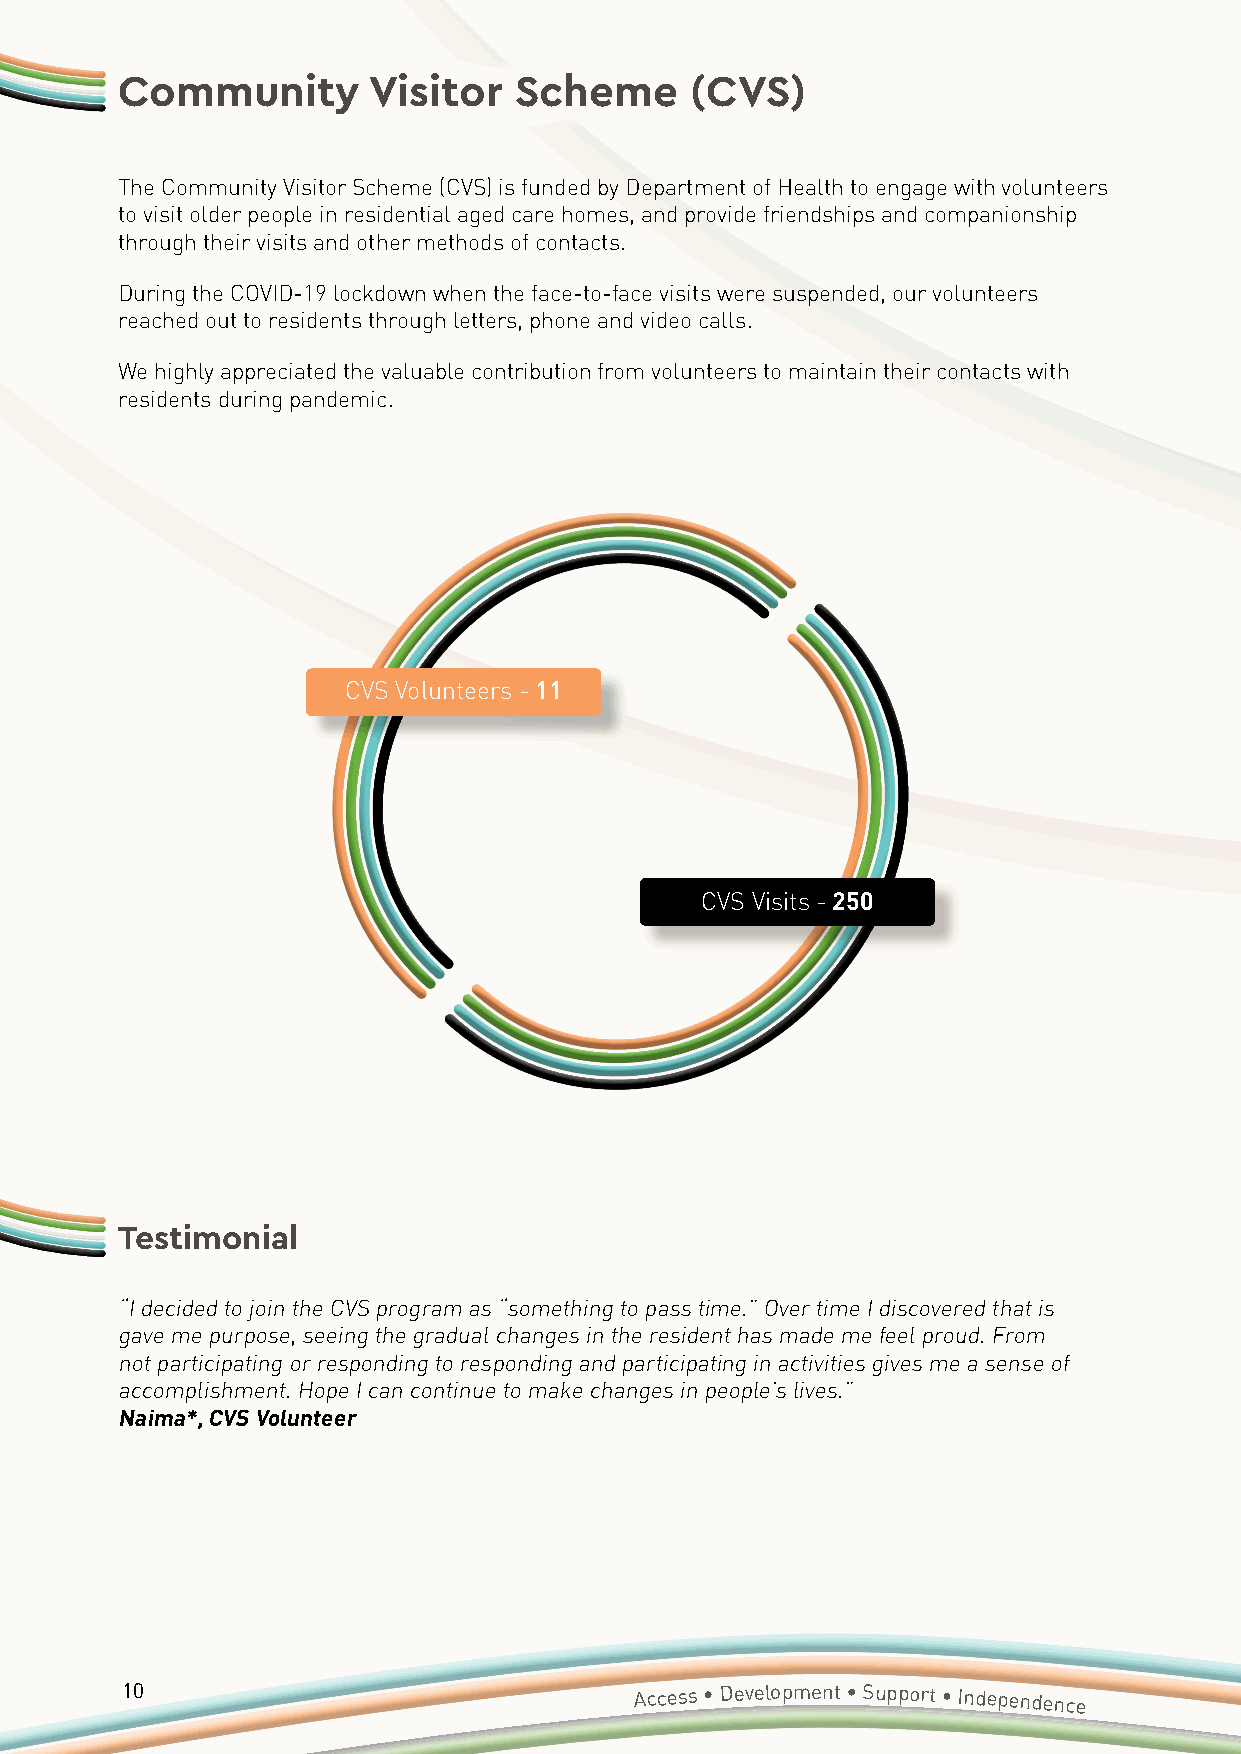
Community       Visitor   Scheme      (CVS)
 The Community Visitor Scheme (CVS) is funded by Department of Health to engage with volunteers
 to visit older people in residential aged care homes, and provide friendships and companionship
 through their visits and other methods of contacts.
 During the COVID-19 lockdown when the face-to-face visits were suspended, our volunteers
 reached out to residents through letters, phone and video calls.
 We highly appreciated the valuable contribution from volunteers to maintain their contacts with
 residents during pandemic.
 CVS Volunteers - 11
 CVS Visits - 250
 Testimonial
 “I decided to join the CVS program as “something to pass time.” Over time I discovered that is
 gave me purpose, seeing the gradual changes in the resident has made me feel proud. From
 not participating or responding to responding and participating in activities gives me a sense of
 accomplishment. Hope I can continue to make changes in people’s lives.”
 Naima*, CVS Volunteer
 10                                Access • Development • Support • Independence
 Annual
 Report 2020/2021 • Accessible Diversity Services Initiative
 Limited